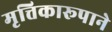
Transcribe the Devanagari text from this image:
मृत्तिकारूपाने